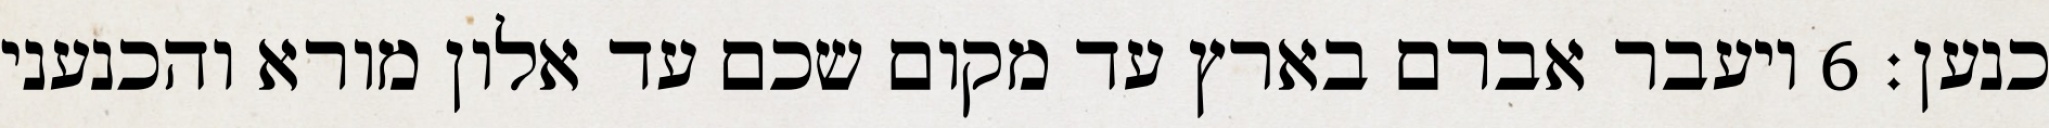
כנען׃ ‎6‏ ויעבר אברם בארץ עד מקום שכם עד אלון מורא והכנעני